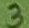
Text: 3